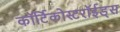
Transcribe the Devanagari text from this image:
कॉर्टिकोस्टरॉईड्स